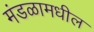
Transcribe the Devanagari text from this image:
मंडळामधील